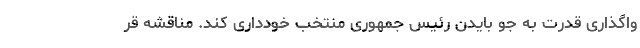
واگذاری قدرت به جو بایدن رئیس جمهوری منتخب خودداری کند. مناقشه قر